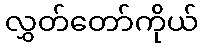
လွှတ်တော်ကိုယ်